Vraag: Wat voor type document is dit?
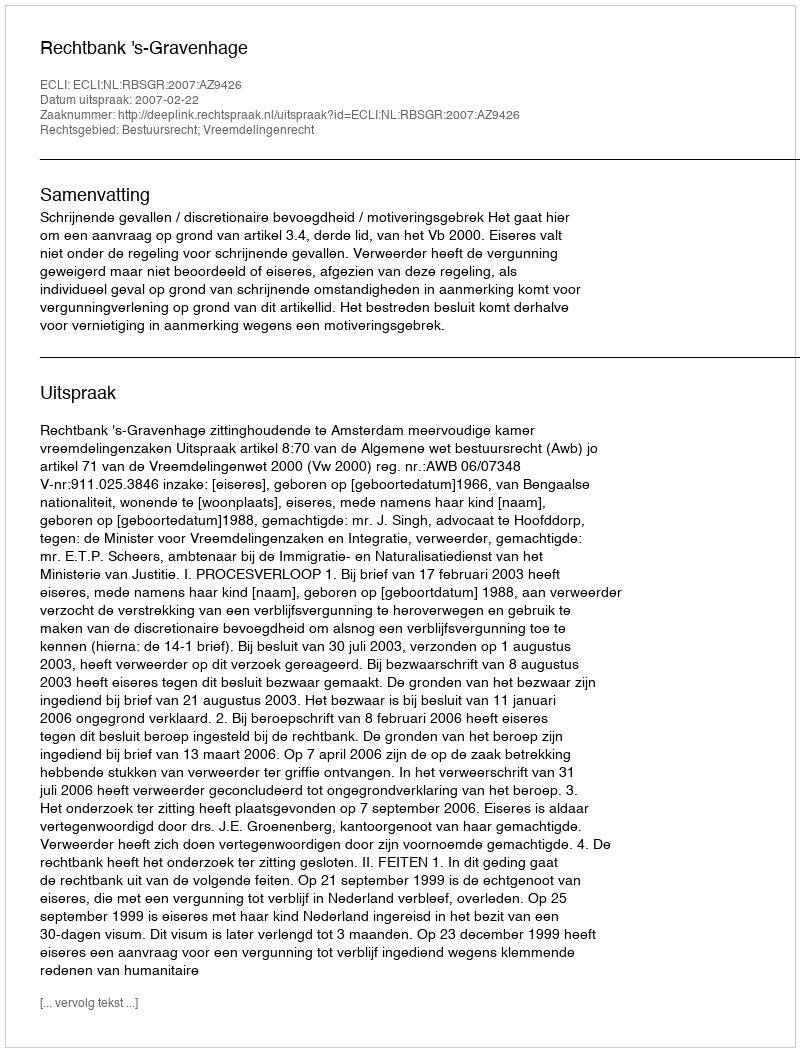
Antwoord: Uitspraak